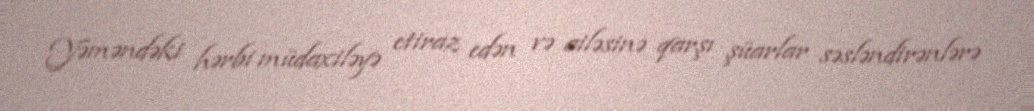
Yəməndəki hərbi müdaxiləyə etiraz edən və ailəsinə qarşı şüarlar səsləndirənlərə